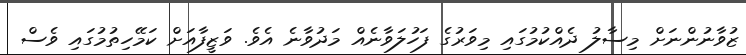
ޒުވާނުންނަށް މިސާލު ދެއްކުމުގައި މިވަރުގެ ފަހުލަވާނެއް މަދުވާނެ އެވެ. ވަޒީފާއަށް ކަމޭހިތުމުގައި ވެސް